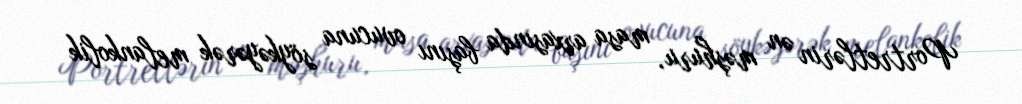
Portretlərin ən məşhuru, masa arxasında başını ovucuna söykəyərək melankolik